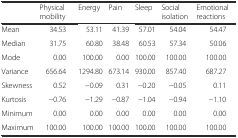
<table><thead><tr><td></td><td><b>Physical mobility</b></td><td><b>Energy</b></td><td><b>Pain</b></td><td><b>Sleep</b></td><td><b>Social isolation</b></td><td><b>Emotional reactions</b></td></tr></thead><tbody><tr><td>Mean</td><td>34.53</td><td>53.11</td><td>41.39</td><td>57.01</td><td>54.04</td><td>54.47</td></tr><tr><td>Median</td><td>31.75</td><td>60.80</td><td>38.48</td><td>60.53</td><td>57.34</td><td>50.06</td></tr><tr><td>Mode</td><td>0.00</td><td>100.00</td><td>0.00</td><td>100.00</td><td>100.00</td><td>100.00</td></tr><tr><td>Variance</td><td>656.64</td><td>1294.80</td><td>673.14</td><td>930.00</td><td>857.40</td><td>687.27</td></tr><tr><td>Skewness</td><td>0.52</td><td>−0.09</td><td>0.31</td><td>−0.20</td><td>−0.05</td><td>0.11</td></tr><tr><td>Kurtosis</td><td>−0.76</td><td>−1.29</td><td>−0.87</td><td>−1.04</td><td>−0.94</td><td>−1.10</td></tr><tr><td>Minimum</td><td>0.00</td><td>0.00</td><td>0.00</td><td>0.00</td><td>0.00</td><td>0.00</td></tr><tr><td>Maximum</td><td>100.00</td><td>100.00</td><td>100.00</td><td>100.00</td><td>100.00</td><td>100.00</td></tr></tbody></table>